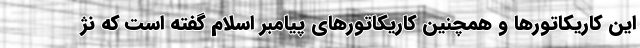
این کاریکاتورها و همچنین کاریکاتورهای پیامبر اسلام گفته است که نژ